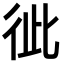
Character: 𢓗